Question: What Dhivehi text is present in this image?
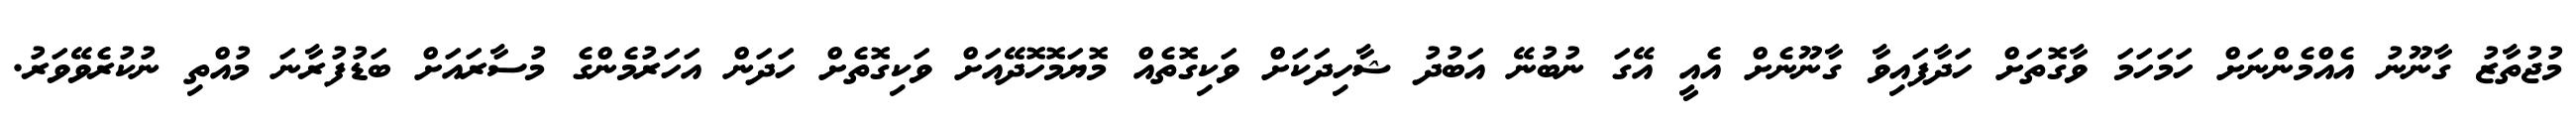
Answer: މުޖުތާޒު ގާނޫނު އެއްމެންނަށް ހަމަހަމަ ވާގޮތަށް ހަދާފައިވާ ގާނޫނެށް އެއީ އޭގަ ނުބުނޭ އަބުދު ޝާހިދަކަށް ވަކިގޮތެއް މޮޔަމޮހޮދޭއަށް ވަކިގޮތެށް ހަދަން އަހަރުމެންގެ މުސާރައަށް ބަޑުފުރާނަ މުއްތި ނުކުރެވޭވަރު.